Lunatic asylums Bombay report 1878-1890 - 1878-1890
Year: 1878
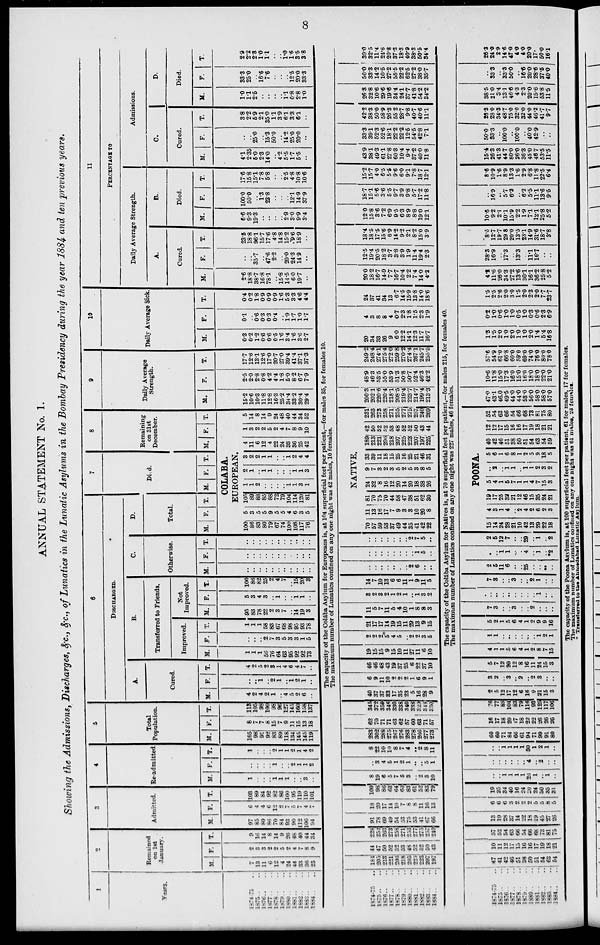
8
ANNUAL STATEMENT No. 1.
Showing the Admissions, Discharges, &c., &c., of Lunatics in the Lunatic Asylums in the Bombay Presidency during the year 1884 and ten previous years.
1
Years.
1874-75 ..
1875 ..
1876 .. ..
1877 .. ..
1878 .. ..
1879 .. ..
1880 .. ..
1881 .. ..
1882 .. ..
1883 .. ..
1884 .. ..
2
Remained
on 1st
January.
M.
7
13
11
6
12
4
24
44
33
36
25
F.
2
3
3
9
9
5
2
4
7
8
9
T.
9
16
14
8
14
9
26
48
40
44
34
3
Admitted.
M.
97
85
80
86
70
84
93
90
112
106
94
F.
6
4
4
6
12
2
7
5
7
4
7
T.
103
89
84
92
82
86
100
95
119
110
101
4
Re-admitted.
M.
1
..
..
..
1
1
1
..
..
3
..
F.
..
..
..
..
1
..
..
2
1
1
2
T.
1
..
..
..
2
1
1
2
1
4
2
5
Total
Population.
M.
105
98
91
92
83
89
118
134
145
145
119
F.
8
7
7
8
15
7
9
11
15
13
18
T.
113
105
98
100
98
96
127
145
160
158
137
6
DISCHARGED.
A.
Cured.
M.
4
2
4
2
1
..
4
5
2
6
..
F.
..
..
1
..
2
1
..
1
2
1
..
T.
4
2
5
2
3
1
4
6
4
7
..
B.
Transferred to Friends.
Improved.
M.
1
1
1
56
76
64
63
95
92
92
73
F.
..
..
..
2 7
3
5
3
3
1
5
T.
1
1
1
58
83
67
68
98
95
93
78
Not
Improved.
M.
95
83
78
22
2
3
7
..
14
19
3
F.
5
3
4
3
..
1
..
..
1
1
..
T.
100
86
82
25
2
4
7
..
15
20
3
C.
Otherwise.
M.
..
..
..
..
..
..
..
..
..
..
..
F.
..
..
..
..
..
..
..
..
..
..
..
T.
..
..
..
..
..
..
..
..
..
..
..
D.
Total.
M. F. T.
7
Died.
M. F. T.
8
Remaining
on 31st
December.
M. F. T.
COLABA.
EUROPEAN.
100
86
83
80
79
67
74
100
108
117
76
5
3
5
5
9
5
5
4
6
3
5
105
89
88
85
88
72
79
104
114
120
81
1
1
2
..
..
..
..
1
1
3
1
2
1
..
1
1
..
..
..
1
1
3
3
2
2
1
1
..
..
1
2
4
4
4
11
6
12
4
22
24
33
36
25
42
1
3
2
2
5
2
4
7
8
9
10
5
14
8
14
9
24
48
40
44
34
52
9
Daily Average
Strength.
M.
15.2
10.6
10.3
11.8
12.8
16.3
25.2
34.4
33.2
30.4
29.4
F.
2.5
2.0
2.8
0.8
4.2
4.4
1.8
5.0
8.2
6.7
7.9
T.
17.7
12.6
13.1
12.6
17.0
20.7
27.0
39.4
41.4
37.1
37.3
10
Daily Average Sick.
M.
0.3
0.2
1.2
0.6
0.6
0.5
1.6
3.4
1.6
3.6
2.7
F.
0.1
..
0.6
0.3
0.3
0.4
..
1.9
1.7
1.0
1.7
T.
0.4
0.2
1.8
0.9
0.9
0.9
1.6
5.3
3.3
4.6
4.4
11
PERCENTAGE TO
Daily Average Strength.
A.
Cured.
M.
2.6
18.8
38.7
16.8
78.1
..
15.8
14.5
6.0
19.7
..
F.
..
..
35.7
..
47.6
2.2
..
20.0
24.3
14.9
..
T.
23.5
18.8
96.1
15.7
17.6
4.8
14.8
15.2
9.6
18.9
..
B.
Died.
M.
6.6
9.3
19.3
..
..
..
..
2.9
3.0
9.9
3.4
F.
100.0
50.0
..
1.3
23.8
..
..
..
12.1
14.9
37.9
T.
17.6
15.8
15.1
7.8
5.8
..
..
2.5
4.8
10.8
10.6
Admissions.
C.
Cured.
M.
4.1
2.35
5.0
2.3
14.0
..
4.2
5.5
1.7
5.5
..
F.
..
..
25.0
..
15.3
50.0
..
14.2
25.0
20.0
..
T.
3.8
2.2
5.9
2.1
35.0
1.1
3.9
6.1
3.3
6.1
..
D.
Died.
M.
1.0
1.1
2.6
..
..
..
..
1.1
0.8
2.8
1.0
F.
33.3
25.0
..
16.6
7.6
..
..
..
12.5
20.0
33.3
T.
2.9
2.2
2.3
1.0
1.1
..
..
1.0
1.6
3.5
3.8
The capacity of the Colába Asylum for Europeans is, at 104 superficial feet per patient,—for males 35, for females 10.
The maximum number of Lunatics confined on any one night was 42 males, 10 females.
1874-75 ..
1875 .. ..
1876 .. ..
1877 .. ..
1878 .. ..
1879 .. ..
1880 .. ..
1881 .. ..
1832 .. ..
1833 .. ..
1884 .. ..
184
205
213
221
206
218
205
225
223
207
197
44
47
50
52
52
53
48
52
52
50
43
228
252
263
273
258
271
253
277
275
257
240
91
78
69
49
54
53
75
53
41
67
66
18
20
17
14
10
7
8
8
11 16
13
109
98
86
63
64
60
83
61
52
83
79
8 19
6
5
7
5
3
..
2
3
10
..
3
4
5
1
2
1
..
..
5
1
8
22
10
10
8
7
4
..
2
8
11
283
302
288
275
267
276
283
278
266
277
273
62
70
71
71
63
62
57
60
63
71
57
345
372
359
346
330
338
340
338
329
348
330
40
37
37
33
17
35
23
5
16
28
9
6
9
11
10
2
2
2
1
6
9
1
46
46
48
43
19
37
25
6
22
37
10
19
15
15
9
15
10
11
27
11
6
10
2
2
2
5
4
5
..
2
2
3
5
21
17
17
14
19
15
11
29
13
9
15
11
5
7
11
5
4
10
1
8
8
3
3
2
3
2
1
2
1
..
1
3
2
14
7
10
13
6
6
11
1
9
11
5
..
..
..
..
..
..
..
2
6
..
..
..
..
..
..
..
..
..
..
1
5
..
..
..
..
..
..
..
..
2
7
5
..
70
57
59
53
37
49
44
35
41
42
22
11
13
16
17
7
9
3
3
10
20
8
81
70
75
70
44
58
47
38
51
62
30
NATIVE.
24
32
8
16
12
20
14
20
18
38
26
9
7
3
2
3
5
2
5
3
8
5
33
39
11
18
15
25
16
25
21
46
31
189
213
221
206
218
207
225
223
207
197
225
42
50
52
52
53
48
52
52
50
43
44
231
263
273
258
271
255
277
275
257
240
269
200.3
202.1
220.6
220.4
218.1
208.5
219.4
223.7
214.7
199.4
213.3
48.9
46.3
53.5
55.0
53.9
51.3
50.8
50.7
52.4
46.3
42.2
249.2
248.4
274.1
275.4
272.0
259.8
270.2
274.4
267.1
245.7
255.5
20
34
33
26
9
6.0
12.2
14.1
12.3
11.7
16.7
4
3
8
8
4
0.7
2.3
1.8
1.5
2.3
1.9
24
37
41
34
13
6.7
14.5
15.9
13.8
14.0
18.6
20.0
18.2
16.7
14.9
7.7
16.7
10.4
2.2
7.4
14.0
4.2
12.5
19.4
20.5
18.2
3.7
3.8
3.9
1.9
11.4
19.4
2.3
18.4
18.5
17.5
15.6
6.9
14.2
9.2
2.1
8.2
15.0
3.9
12.0
15.8
3.6
7.2
6.9
9.5
6.3
8.9
8.8
19.0
12.1
18.7
15.1
5.6
3.6
5.5
9.7
3.9
9.8
5.7
17.2
11.8
15.2
15.7
4.0
6.5
5.5
9.6
6.0
9.1
7.8
18.7
12.1
43.9
38.1
49.3
61.1
27.8
60.3
10.4
9.4
37.2
40.0
11.8
33.3
39.1
52.3
52.6
18.1
22.2
22.2
12.5
54.5
42.8
7.1
42.2
38.3
50.0
58.9
26.3
55.2
28.7
9.8
40.7
40.6
11.1
26.3
32.8
10.6
29.6
19.6
34.4
24.1
37.7
41.8
54.2
34.2
50.0
33.3
14.2
10.5
27.2
55.5
22.2
62.5
27.2
38.0
35.7
30.0
32.5
11.4
24.6
20.8
37.3
18.3
40.9
38.3
50.5
34.4
The capacity of the Colába Asylum for Natives is, at 70 superficial feet per patient,—for males 215, for females 40.
The maximum number of Lunatics confined on any one night was 227 males, 46 females.
1874-75 ..
1875 .. ..
1876 .. ..
1877 .. ..
1878 .. ..
1879 .. ..
1880 .. ..
1881 .. ..
1882 .. ..
1883 .. ..
1884 .. ..
47
41
42
46
51
38
50
51
54
63
54
10
11
12
17
15
16
16
17
19
18
21
57
52
54
63
66
54
66
68
73
81
75
13
19
28
37
14
22
18
19
45
27
26
6
6
6
3
2
2
2
5
5
8
5
19
25
34
40
16
24
20
24
50
35
31
..
..
1
1
1
1
26
1
..
1
..
..
..
..
..
..
..
4
..
2
..
..
..
..
1
1
1
1
30
1
2
1
..
60
60
71
84
66
61
94
71
99
91
80
16
17
18
20
17
18
22
22
26
26
26
76
77
89
104
83
79
116
93
125
117
106
2
5
12
17
12
6
16
9
21
15
3
3
2
..
3
..
2
..
2
3
..
..
5
7
12
20
12
8
16
11
24
15
3
4
1
1
5
6
4
1
2
8
7
15
1
1
..
..
..
..
..
..
1
2
1
5
2
1
5
6
4
1
2
9
9
16
7
3
..
..
3
..
..
2
..
..
..
..
..
..
..
..
..
..
..
1
..
..
7
3
..
..
3
..
..
2
1
..
..
2
5
11
6
..
..
25
..
..
..
..
..
..
1
1
...
..
4
..
1
..
*2
2
5
12
7
..
..
29
..
1
..
2
POONA.
15
14
24
28
21
10
42
13
29
22
18
4
3
1
4
..
2
4
2
6
2
3
19
17
25
32
21
12
46
15
35
24
21
5
4
1
5
7
1
1
4
7
15
3
..
2
..
1
1
..
1
1
2
3
2
5
6
1
6
8
1
2
5
9
18
5
40
42
46
51
38
50
51
54
63
54
59
12
12
17
15
16
16
17
19
18
21
21
52
54
63
66
54
66
68
73
81
75
80
47.0
43.1
46.0
49.5
44.0
44.0
53.0
56.0
58.0
58.0
57.0
10.6
11.8
15.0
17.3
16.0
15.0
16.0
18.0
18.0
22.0
21.0
57.6
54.9
61.0
668
60.0
59.0
69.0
74.0
76.0
80.0
78.0
1.3
1.5
2.0
1.0
2.0
1.0
1.0
2.0
1.4
5.4
16.8
0.2
1.0
0.6
1.0
1.0
0.5
1.0
0.3
0.6
2.3
6.9
1.5
2.5
2.6
2.0
3.0
1.5
2.0
2.3
2.0
7.7
23.7
4.2
11.6
26.0
34.3
27.2
13.6
30.1
16.1
36.2
25.8
5.2
28.3
16.9
..
17.3
..
13.3
..
11.1
16.7
..
..
8.6
12.7
19.7
29.8
20.0
13.5
23.1
14.9
31.6
18.7
3.8
10.6
9.2
2.1
10.1
15.9
2.2
1.9
7.1
12.1
25.8
5.2
..
16.9
..
5.7
6.2
..
6.2
55
11.1
13.6
9.5
8.6
10.9
1.6
8.9
13.3
1.6
2.9
6.8
11.8
22.5
6.4
15.4
26.3
41.3
44.7
80.0
26.0
36.3
45.0
46.7
53.5
11.5
50.0
33.3
..
100.0
..
100.0
..
40.0
42.9
..
..
26.3
28.0
34.3
48.7
75.0
32.0
32.0
44.0
46.2
41.7
9.7
38.5
21.0
3.4
13.1
46.6
4.3
2.3
20.0
15.6
53.8
11.5
..
33.3
..
33.3
50.0
..
16.6
20.0
28.6
37.5
40.0
26.3
24.0
2.9
14.6
47.0
4.0
4.0
20.0
17.
50.0
16.1
The capacity of the Poona Asylum is, at 100 superficial feet per patient, 61 for males, 17 for females.
The maximum number of Lunatics confined on any one night was 61 males, 23 females.
* Transferred to the Ahmedabad Lunatic Asylum.